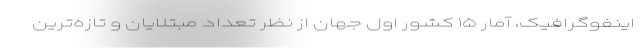
اینفوگرافیک، آمار ۱۵ کشور اول جهان از نظر تعداد مبتلایان و تازه‌ترین